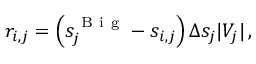
r _ { i , j } = \ensuremath { \left( s _ { j } ^ { \mathrm { ~ B ~ i ~ g ~ } } - s _ { i , j } \right) } \Delta s _ { j } | V _ { j } | \, ,